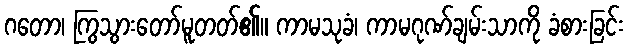
ဂတော၊ ကြွသွားတော်မူတတ်၏။ ကာမသုခံ၊ ကာမဂုဏ်ချမ်းသာကို ခံစားခြင်း